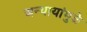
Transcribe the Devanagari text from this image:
अन्यायांमुळे